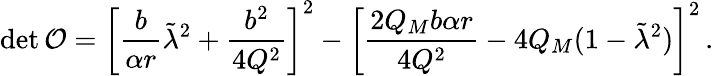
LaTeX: \mathrm{det}\, {\cal O}=\left[\frac{b}{\alpha r}\tilde{\lambda}^{2}+\frac{b^{2}}{4Q^{2}}\right]^{2}-\left[\frac{2Q_{M}b\alpha r}{4Q^{2}}-4Q_{M}(1-\tilde{\lambda}^{2})\right]^{2}\, .